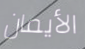
الأيمان